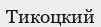
Тикоцкий